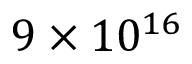
9 \times 1 0 ^ { 1 6 }